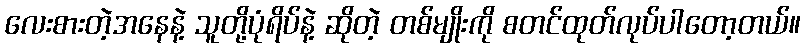
လေးစားတဲ့အနေနဲ့ သူတို့ပုံရိပ်နဲ့ ဆိုတဲ့ တစ်မျိုးကို စတင်ထုတ်လုပ်ပါတော့တယ်။